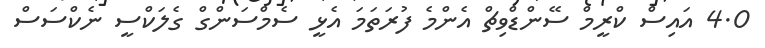
4.0 އައިސް ކްރީމް ސޭންޑްވިޗް އެންމެ ފުރަތަމަ އެޅީ ސެމްސަންގް ގެލަކްސީ ނެކްސަސް